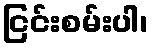
ငြင်းစမ်းပါ၊